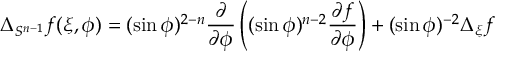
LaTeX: \Delta _ { S ^ { n - 1 } } f ( \xi , \phi ) = ( \sin \phi ) ^ { 2 - n } { \frac { \partial } { \partial \phi } } \left( ( \sin \phi ) ^ { n - 2 } { \frac { \partial f } { \partial \phi } } \right) + ( \sin \phi ) ^ { - 2 } \Delta _ { \xi } f